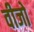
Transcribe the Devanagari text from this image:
वीजो